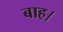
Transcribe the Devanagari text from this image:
बाह।